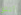
أتثق